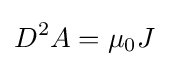
D^{2}A=\mu _{0}J